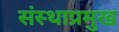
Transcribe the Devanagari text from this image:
संस्थाप्रमुख